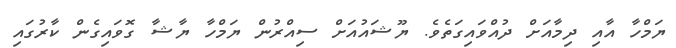
ޔަމްހާ އާއި ދިމާއަށް ދުއްވައިގަތެވެ. ޔޫޝައުއަށް ސިއްރުން ޔަމްހާ ޔާޝާ ގޮވައިގެން ކާރުގައި